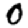
Digit: 0